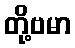
တို့ဗမာ